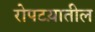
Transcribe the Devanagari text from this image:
रोपटय़ातील